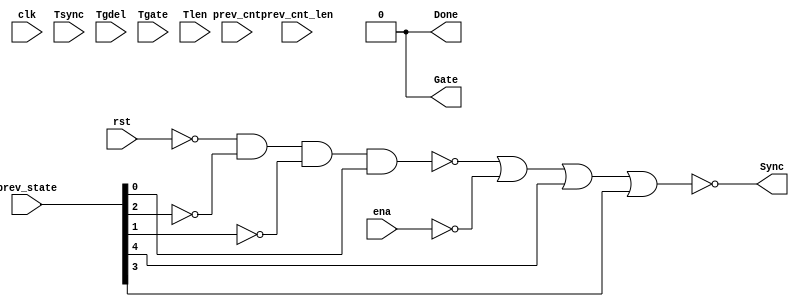

// Generated by Cadence Encounter(R) RTL Compiler RC11.10 - v11.10-p005_1

// Verification Directory fv/vga_vtim 

module top(clk, ena, rst, Tsync, Tgdel, Tgate, Tlen, Sync, Gate,
     Done, prev_state, prev_cnt, prev_cnt_len);
  input clk, ena, rst;
  input [7:0] Tsync, Tgdel;
  input [15:0] Tgate, Tlen, prev_cnt, prev_cnt_len;
  input [4:0] prev_state;
  output Sync, Gate, Done;
  wire clk, ena, rst;
  wire [7:0] Tsync, Tgdel;
  wire [15:0] Tgate, Tlen, prev_cnt, prev_cnt_len;
  wire [4:0] prev_state;
  wire Sync, Gate, Done;
  wire n_106, n_107, n_108, n_109, n_110;
  assign Done = 1'b0;
  assign Gate = 1'b0;
  not g56 (n_106, prev_state[1]);
  not g57 (n_107, prev_state[2]);
  not g58 (n_108, rst);
  not g59 (n_109, ena);
  nand g60 (n_110, n_108, n_107, n_106, prev_state[0]);
  nor g61 (Sync, n_110, n_109, prev_state[4], prev_state[3]);
endmodule